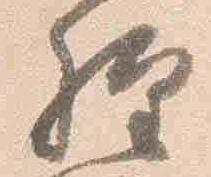
経